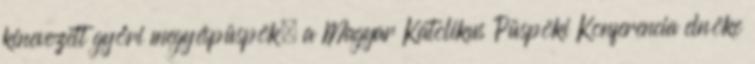
kinevezett győri megyéspüspök, a Magyar Katolikus Püspöki Konferencia elnöke